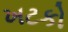
ખટકો